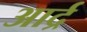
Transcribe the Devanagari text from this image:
आर्द्र